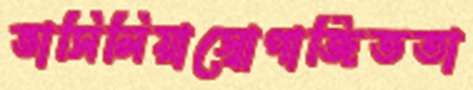
ভাসিলিয়াস্বোপার্জিততা